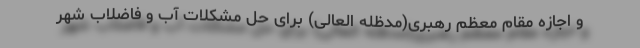
و اجازه مقام معظم رهبری(مدظله العالی) برای حل مشکلات آب و فاضلاب شهر